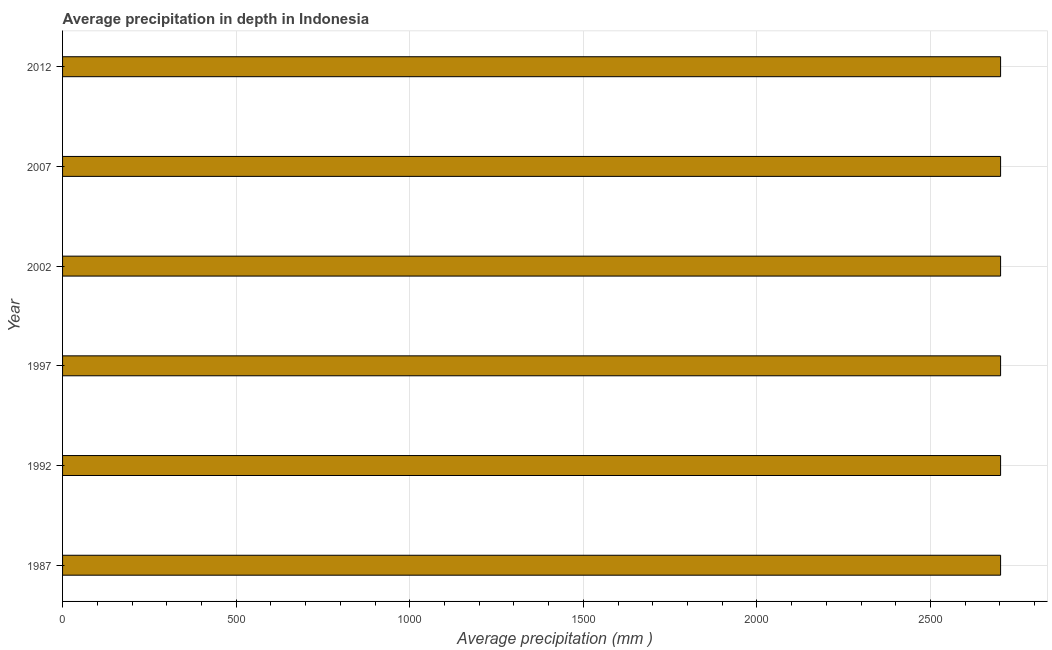
| Year | Average precipitation in depth |
 | --- | --- |
 | 1987 | 2.7e+03 |
 | 1992 | 2.7e+03 |
 | 1997 | 2.7e+03 |
 | 2002 | 2.7e+03 |
 | 2007 | 2.7e+03 |
 | 2012 | 2.7e+03 |